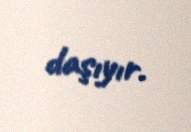
daşıyır.